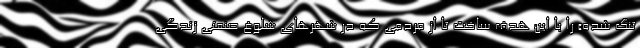
تنگ شده» را با این هدف ساخت تا از مردمی که در شهرهای شلوغ صنعتی زندگی